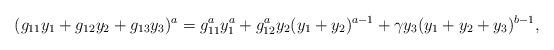
LaTeX: \begin{align*}(g_{11}y_1+g_{12}y_2+g_{13}y_3)^a=g_{11}^ay_1^a+g_{12}^ay_2(y_1+y_2)^{a-1}+\gamma y_3(y_1+y_2+y_3)^{b-1},\end{align*}